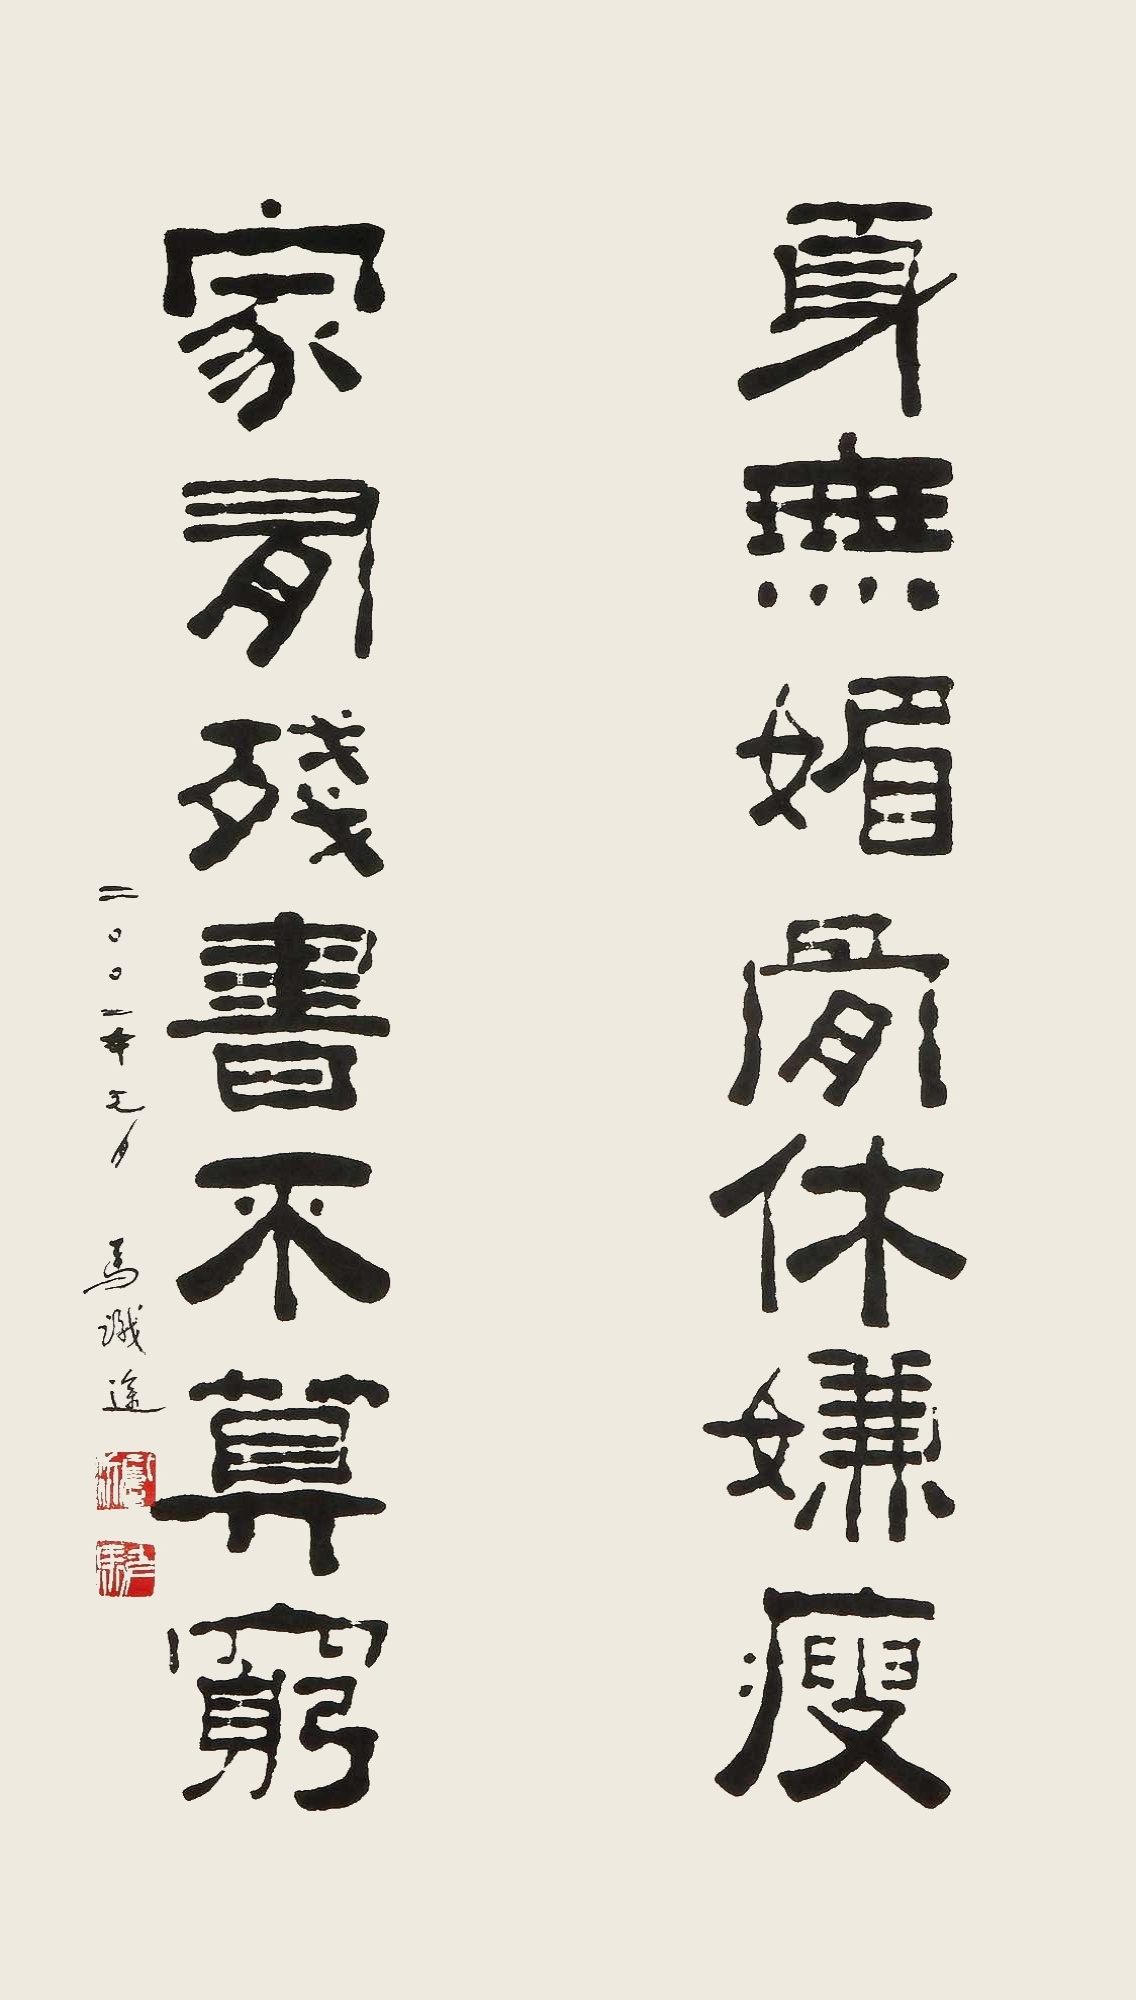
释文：身无媚骨休嫌瘦，家有残书不算穷。二〇〇一年元月，马识途。